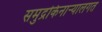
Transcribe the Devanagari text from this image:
समुद्रकिनार्‍यालगत